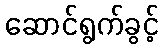
ဆောင်ရွက်ခွင့်